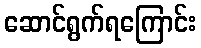
ဆောင်ရွက်ရကြောင်း